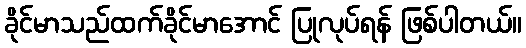
ခိုင်မာသည်ထက်ခိုင်မာအောင် ပြုလုပ်ရန် ဖြစ်ပါတယ်။